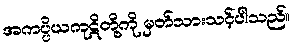
အကပ္ပိယကုဋိတို့ကို မှတ်သားသင့်ပါသည်။